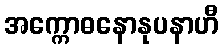
အက္ကောဓနောနုပနာဟီ